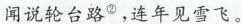
闻说轮台路^{②}，连年见雪飞。